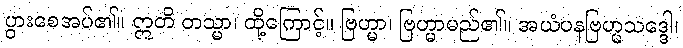
ပွားစေအပ်၏။ ဣတိ တသ္မာ၊ ထို့ကြောင့်။ ဗြဟ္မာ၊ ဗြဟ္မာမည်၏။ အယံပနဗြဟ္မသဒ္ဒေါ၊